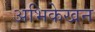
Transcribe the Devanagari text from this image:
अभिकेखन